65_HS1-834228961_62-HQ-83894_Section_3
Agency: FBI
Page 154
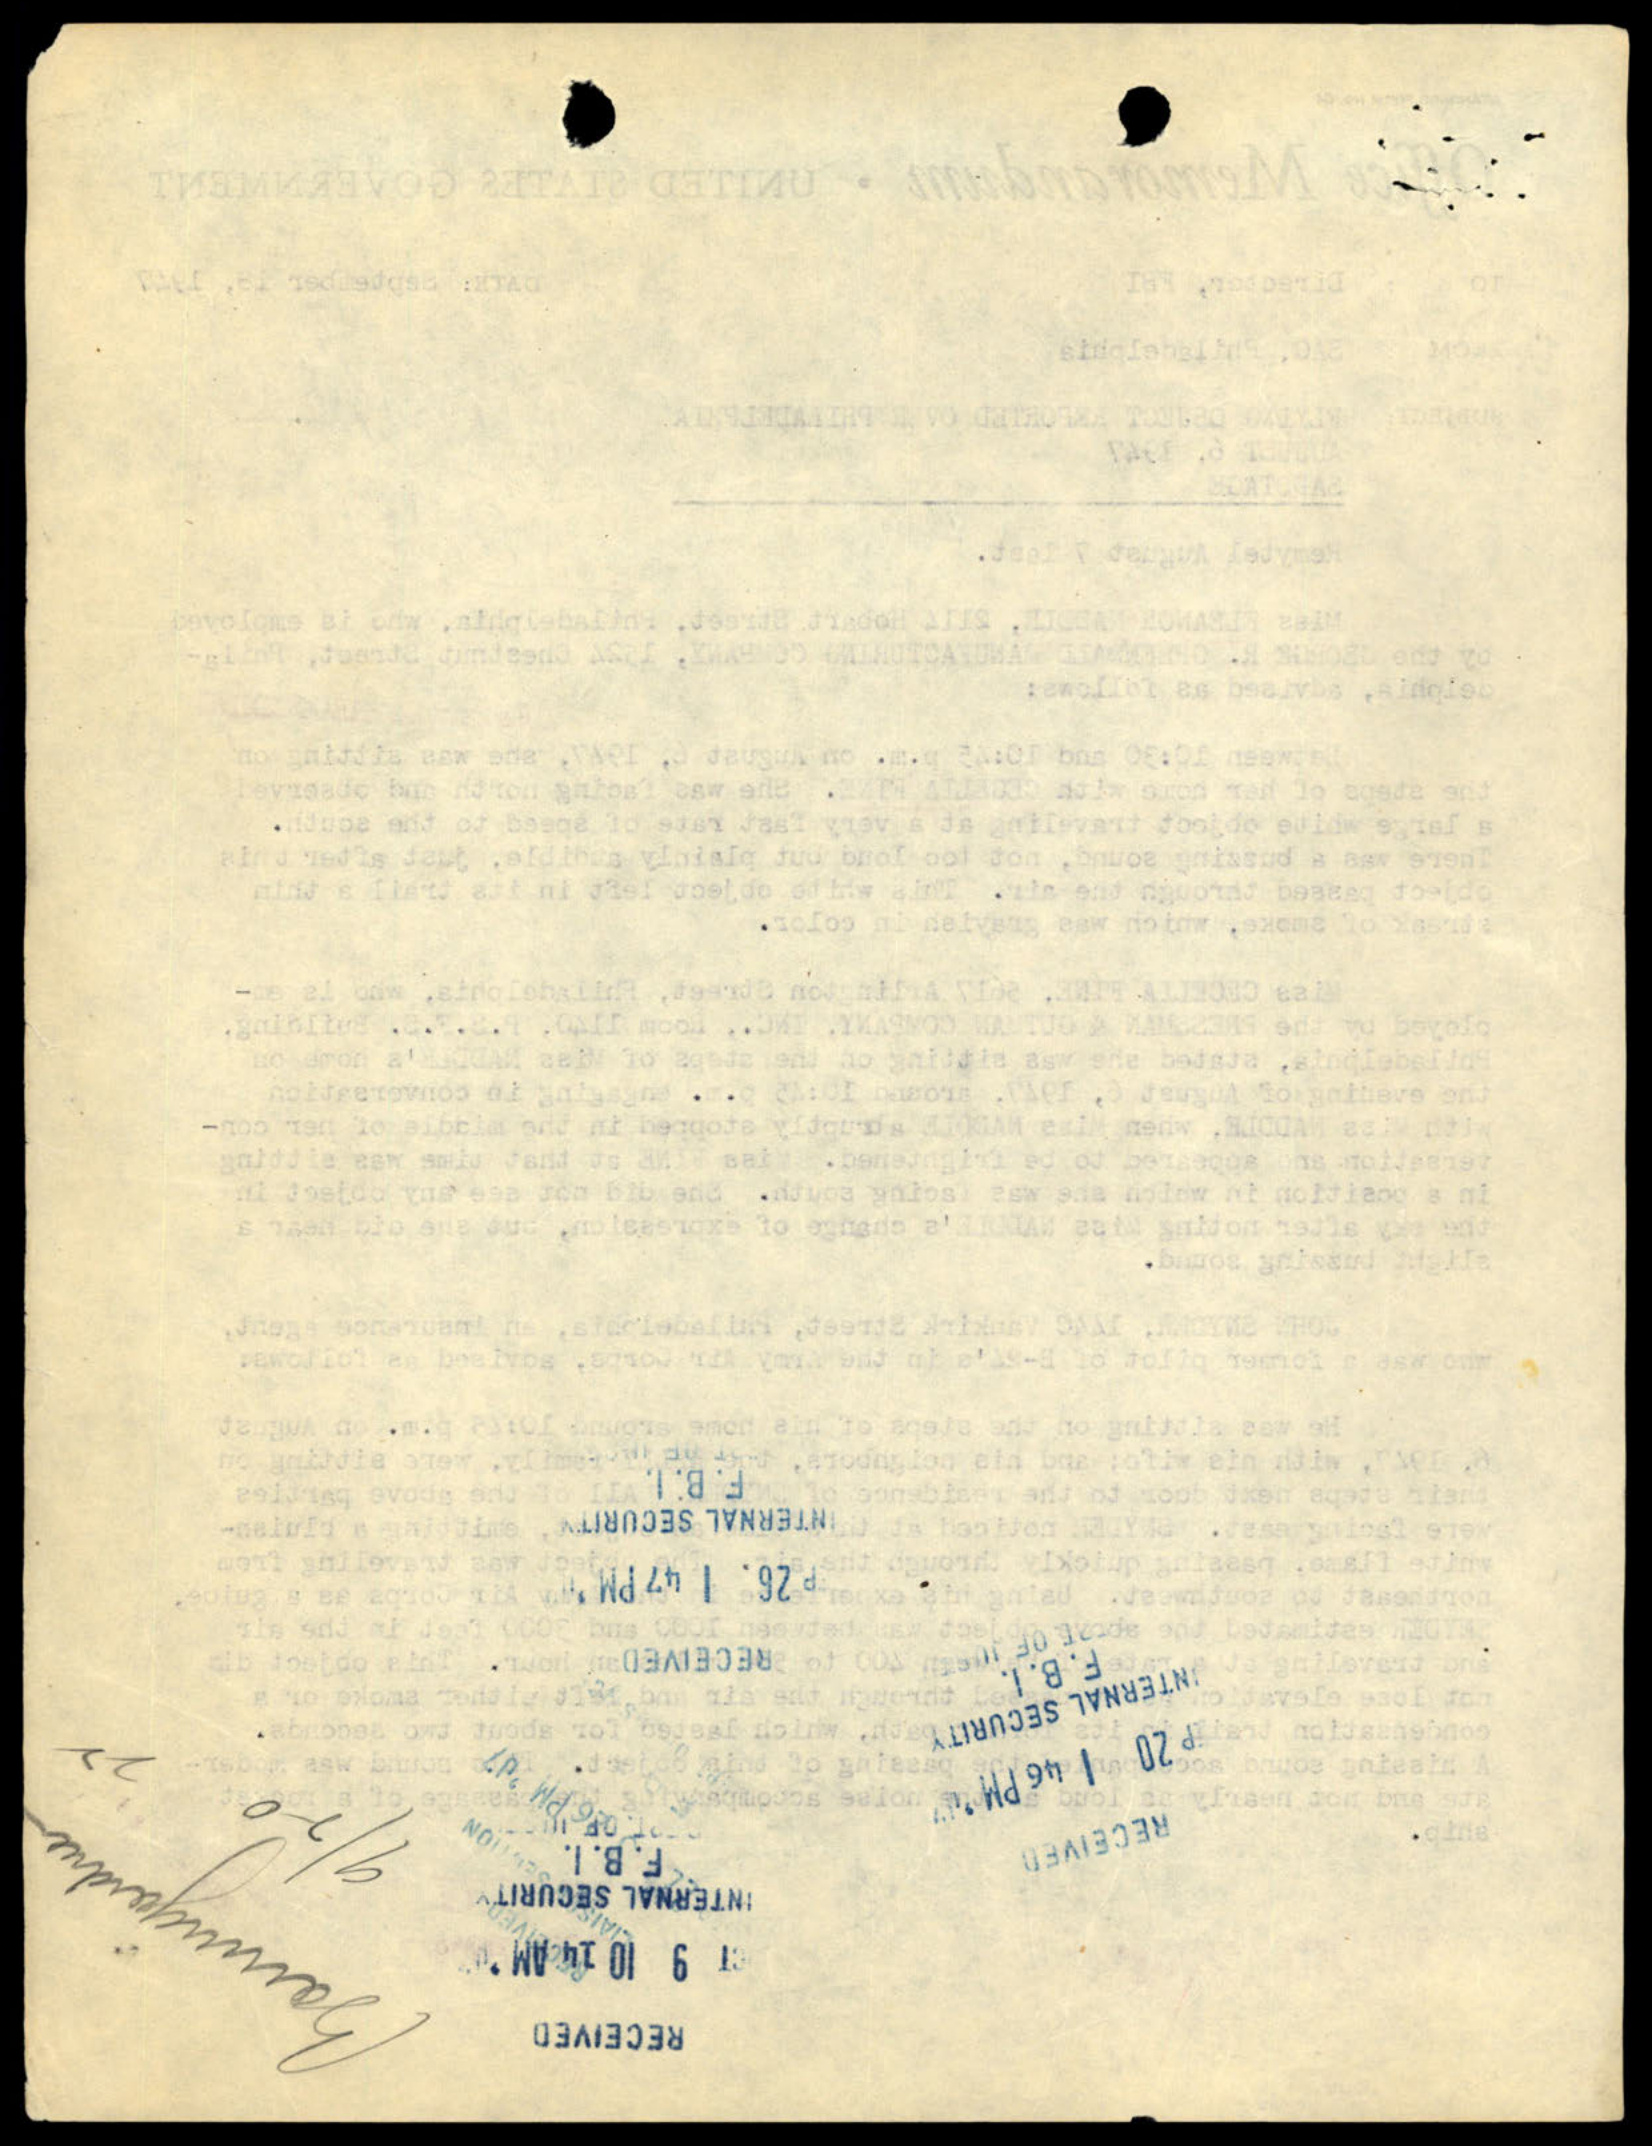